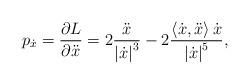
LaTeX: \begin{align*}p_{\dot{x}}=\frac{\partial L}{\partial \ddot{x}}=2\frac{\ddot{x}}{\left\vert \dot{x}\right\vert ^{3}}-2\frac{\left\langle \dot{x},\ddot{x}\right\rangle \dot{x}}{\left\vert \dot{x}\right\vert ^{5}}, \end{align*}